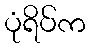
ပုံရိပ်က